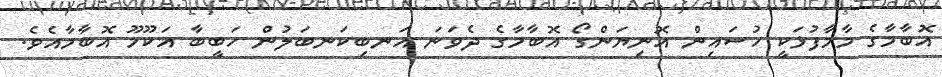
އޮބާމާގެ މާމާފުޅަކީ ހުސައިން އޮނިޔަންގޯ އޮބާމާގެ ދެވަނަ އަނބިކަނބަލުން ހަބީބާ އަކޫމޫ އޮބާމާއެވެ.